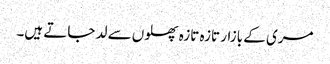
مری کے بازار تازہ تازہ پھلوں سے لد جاتے ہیں۔